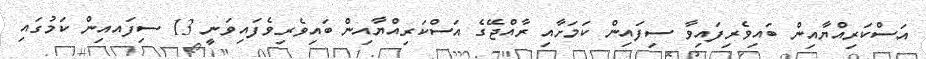
އަސްކަރިއްޔާއިން ބައިވެރިފައިވާ ސިފައިން ކަމަށާއި ރާއްޖޭގެ އަސްކަރިއްޔާއިން ބައިވެރިވެފައިވަނީ 13 ސިފައއިން ކަމުގައި